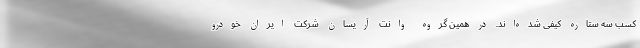
کسب سه ستاره کیفی شده‌اند. در همین گروه وانت آریسان شرکت ایران خودرو